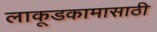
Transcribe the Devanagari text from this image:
लाकूडकामासाठी